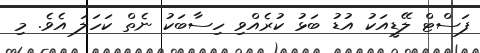
ފަސްޓް ލޭޑީއަކު އުޑު ބަޅު ކުރެއްވި ހިސާބަކު ނެތް ކަހަލަ އެވެ. މި